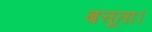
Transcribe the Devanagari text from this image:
बत्तूता।